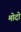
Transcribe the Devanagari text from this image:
मोदो